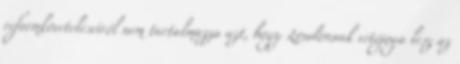
reformköveteléseiről nem tartalmazza azt, hogy Londonnak vétójoga lesz az